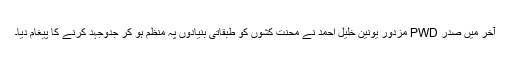
آخر میں صدر PWD مزدور یونین خلیل احمد نے محنت کشوں کو طبقاتی بنیادوں پہ منظم ہو کر جدوجہد کرنے کا پیغام دیا۔